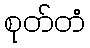
စုတ်တံ